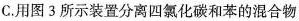
C.用图3所示装置分离四氯化碳和苯的混合物